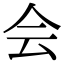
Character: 会